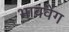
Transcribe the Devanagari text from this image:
भाववेग